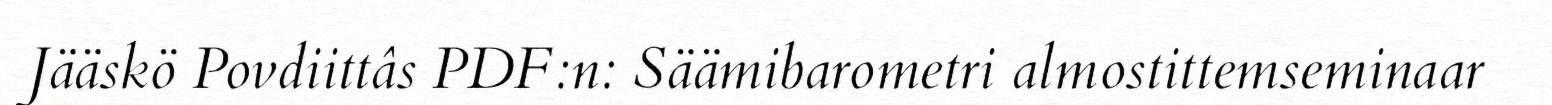
Jääskö Povdiittâs PDF:n: Säämibarometri almostittemseminaar